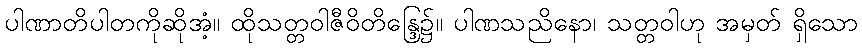
ပါဏာတိပါတကိုဆိုအံ့။ ထိုသတ္တဝါဇီဝိတိန္ဒြေ၌။ ပါဏသညိနော၊ သတ္တဝါဟု အမှတ် ရှိသော